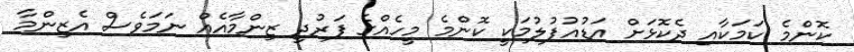
ކޮންމެ ކަމަކާއި ދެކޮޅަށް އަޑުއުފުލުމަކީ ކޮންމެ މީހެއްގެ ފަރުދީ ޒިންމާއެއް ނަމަވެސް އެޒިންމާ